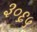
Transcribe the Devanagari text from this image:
३०६५